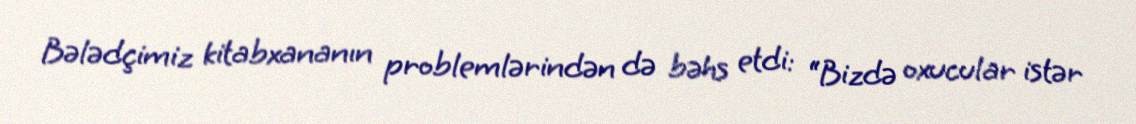
Bələdçimiz kitabxananın problemlərindən də bəhs etdi: “Bizdə oxucular istər